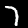
Label: 7